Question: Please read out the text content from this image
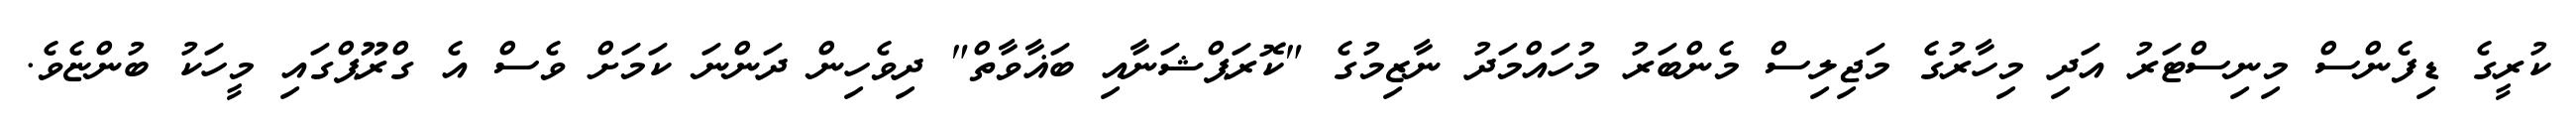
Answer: ކުރީގެ ޑިފެންސް މިނިސްޓަރު އަދި މިހާރުގެ މަޖިލިސް މެންބަރު މުހައްމަދު ނާޒިމުގެ "ކޮރަޕްޝަނާއި ބަޣާވާތް" ދިވެހިން ދަންނަ ކަމަށް ވެސް އެ ގްރޫޕްގައި މީހަކު ބުންޏެވެ.